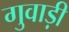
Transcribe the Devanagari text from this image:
गुवाड़ी